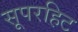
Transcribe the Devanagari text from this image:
सूपरहिट